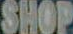
SHOP